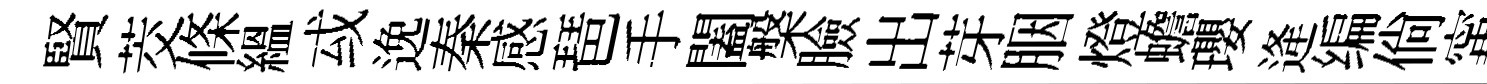
賢茭條緼㦯𨓜秦感琶手闔槃臉出芽胭燈蟾瓔逄编倘𡩋